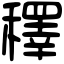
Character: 䆁